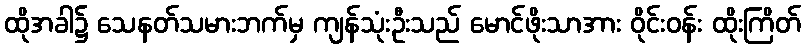
ထိုအခါ၌ သေနတ်သမားဘက်မှ ကျန်သုံးဦးသည် မောင်ဖိုးသာအား ဝိုင်းဝန်း ထိုးကြိတ်